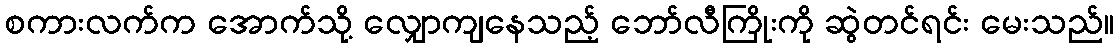
စကားလက်က အောက်သို့ လျှောကျနေသည့် ဘော်လီကြိုးကို ဆွဲတင်ရင်း မေးသည်။